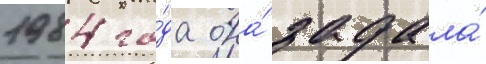
1984 го́да она́ задала́